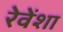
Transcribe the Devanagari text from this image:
रेवेंशा